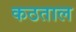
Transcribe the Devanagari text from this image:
कठताल